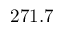
2 7 1 . 7